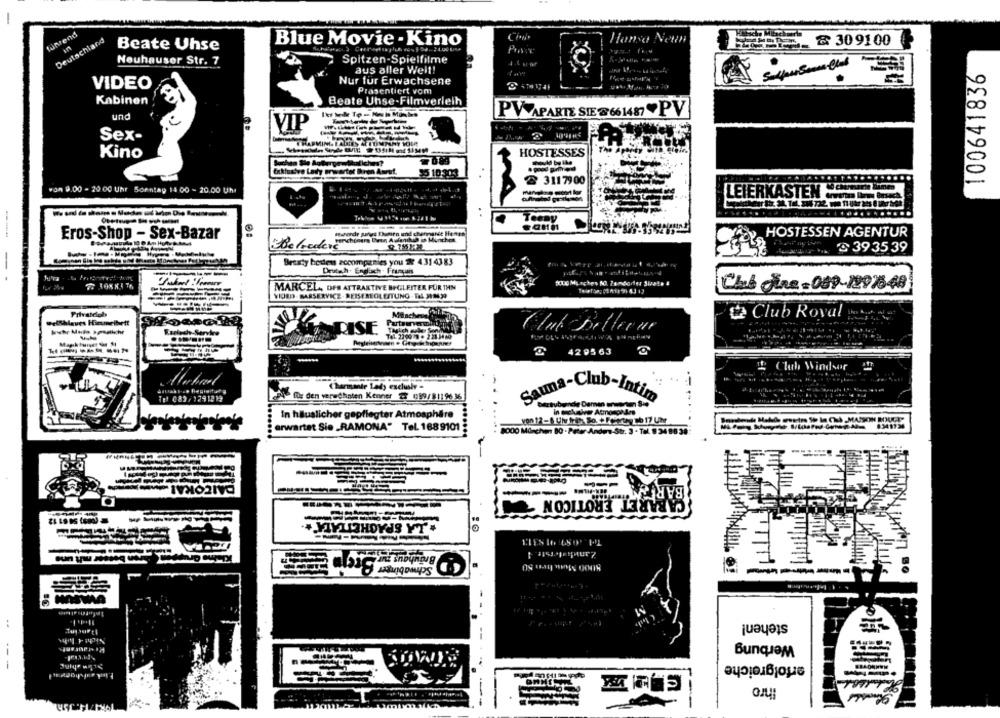
funrend
Deutschland
Blue Movie - Kino
Hansa Netin
& 30 91 00
Beate Uhse
Neuhauser Str. 7
Spitzen-Spielfilme
4.6 Hof
aus aller Well!
100641836
VIDEO
Nur für Erwachsene
Prasentiert vom
Kabinen
Beate Uhse-Filmverleih
PV APARTE SIE @661487 PV
und
VIP
Sex-
HARMING I ALES
Kino
HOSTESSES
Exklusive Lady erwartet Bron Anruf.
35 1030
& 311 79 00
won 9.00 - 20 00 Uhr Sonntag 14 00 - 20.00 Uhr
LEIERKASTEN www In Any
..
---
Eros-Shop - Sex-Bazar
HOSTESSEN AGENTUR
@ 39 35 39
Beasty hedens accompanies you # 4314383
Druta.h. Endisch . Frusyais
MARCEL, DFS ATTRAKTIVE BEGLEITER FÜR IHN
Chab fre = 089-1997548
VIDED- BARSERVICE. REISEREOL EITUNG- TAL MIM99
Privatcich
2 Club Roval
welshlaues Himmelbett
Partı
ISE
Theich anker Ser
Luk Delletue
4295 63
-
1 Club Windsor 2
Charmante Lady exclusly -
Tel 089/ 1291219
TE den verechnen Kenner 7 (39/81196 36
Sauna-Club-Intim
In häuslicher gepflegter Atmosphäre
von 12-6 Ulv fre So. + Feiertey Db 17 Uhr
erwartet Sie _RAMONA" Tel. 168 9101
8000 München 80 - Peter Anders-Str. 3 - Tal. 9 34 98 38
--
. .
ARET EROTICON
+ YIVLITHOYUS YT
stehen!
Werbung
erfolgreiche
--
Ihro
--